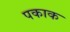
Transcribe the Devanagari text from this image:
पकाक